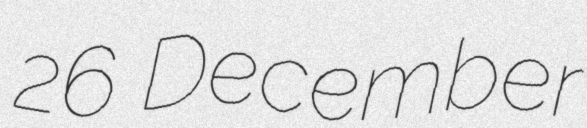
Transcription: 26 December